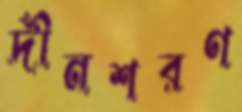
দীনশরণ